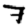
Digit: 7